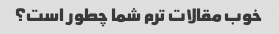
خوب مقالات ترم شما چطور است؟